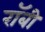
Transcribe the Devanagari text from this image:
राॅबी